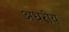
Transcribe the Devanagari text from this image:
अधरीय